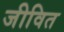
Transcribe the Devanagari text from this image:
जीवित